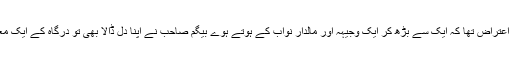
کئی لوگوں کو اس بات پر شدید اعتراض تھا کہ ایک سے بڑھ کر ایک وجیہہ اور مالدار نواب کے ہوتے ہوے بیگم صاحب نے اپنا دل ڈالا بھی تو درگاہ کے ایک معمولی خاکروب کی جھولی میں۔